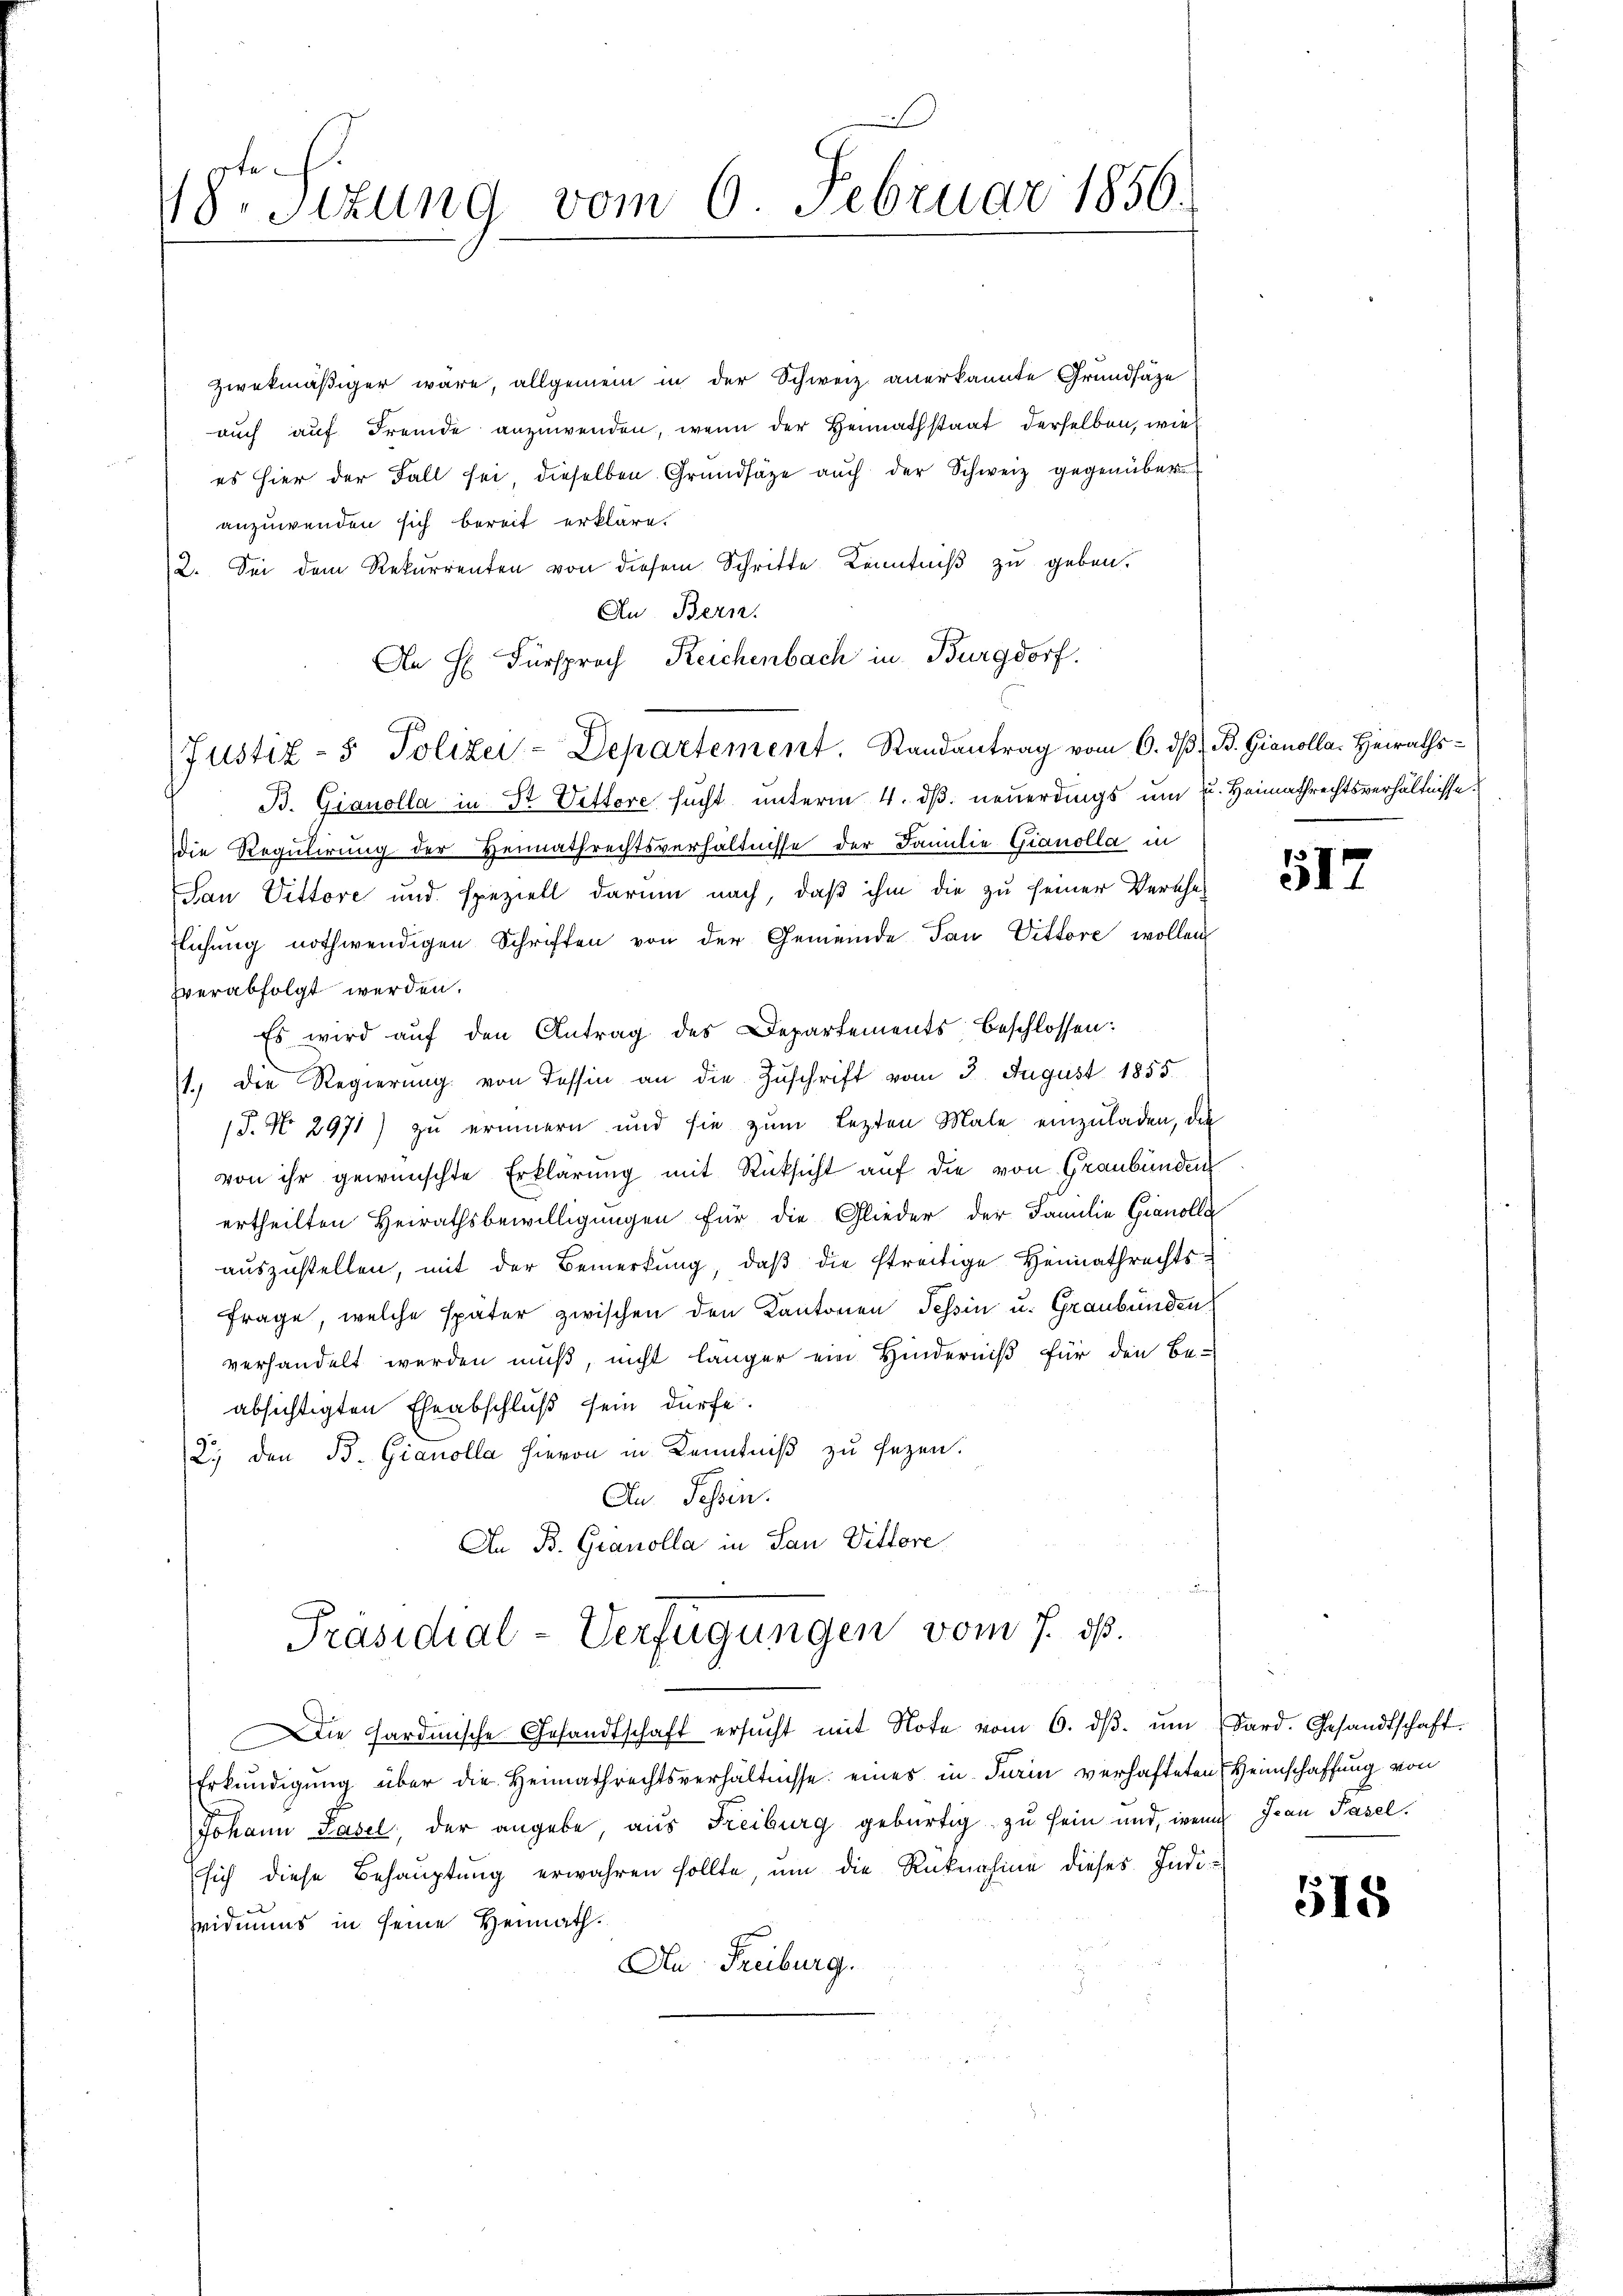
te.
18. Sitzung vom 6. Februar 1856.

zwekmäßiger wäre, allgemein in der Schweiz anerkannte Grundsätze
auch auf Fremde anzuwenden, wenn der Heimathstaat derselben, wie
es hier der Fall sei, dieselben Grundsätze auch der Schweiz gegenüberanzuwenden sich bereit erkläre.
2. Sei dem Rekurrenten von diesem Schritte Kenntniß zu geben.
An Bern.
An H. Fürsprach Reichenbach in Burgdorf.
Justiz- & Polizei-Departement. Randantrag vom 6. dβ. B. Gionolla. Heiraths-
B. Gianolla in Sr. Dettore sucht unterm 4. dß. neuerdings um u. Heimathrechtsverhältnisse.
die Regulirung der Heimathrechtsverhältnisse der Familie Gianolla in
San Dettore und speziell darum nach, daß ihm die zu seiner Verehe-
flichung nothwendigen Schriften von der Gemeinde San Vittore wollen
vverabfolgt werden.
Es wird auf den Antrag des Departements, beschlossen:
1., die Regierŭng von Tessin an die Zŭschrift vom 3. August 1855.
T. No. 2971) zu erinnern und sie zum Lezten Male einzŭladen, das
von ihr gewünschte Erklärung mit Rücksicht auf die von Graubünden
ertheilten Heirathsbewilligungen für die Glieder der Familie Granolle
auszustellen, mit der Bemerkung, daß die streitige Heimathrechts¬
Frage, welche später zwischen den Kantonen Tessin u. Graubünden,
verhandelt werden muß, nicht länger ein Hinderniß für den Be-
absichtigten Eheabschluß sein dürfe.
2., den B. Gianolla hievon in Kenntniß zu sezen.
An Tessin.
An B. Granolla in San Vittore
Präsidial-Verfügungen vom 7. ds.
Die Sardinische Gesandtschaft ersŭcht mit Note vom 6. dβ. ŭm dard. Gesandtschaft
Erkŭndigŭng über die Heimathrechtsverhältnisse eines in Turin verhafteten Heimschaffung von
Johann Pasel, der angebe, aus Freiburg gebürtig zu sein und, wenn Frau Pasel.
sich diese Behauptung erwahren sollte, um die Rücknahme dieses Indi-
vidmuns in seine Heimath.
An Freiburg.

517

518